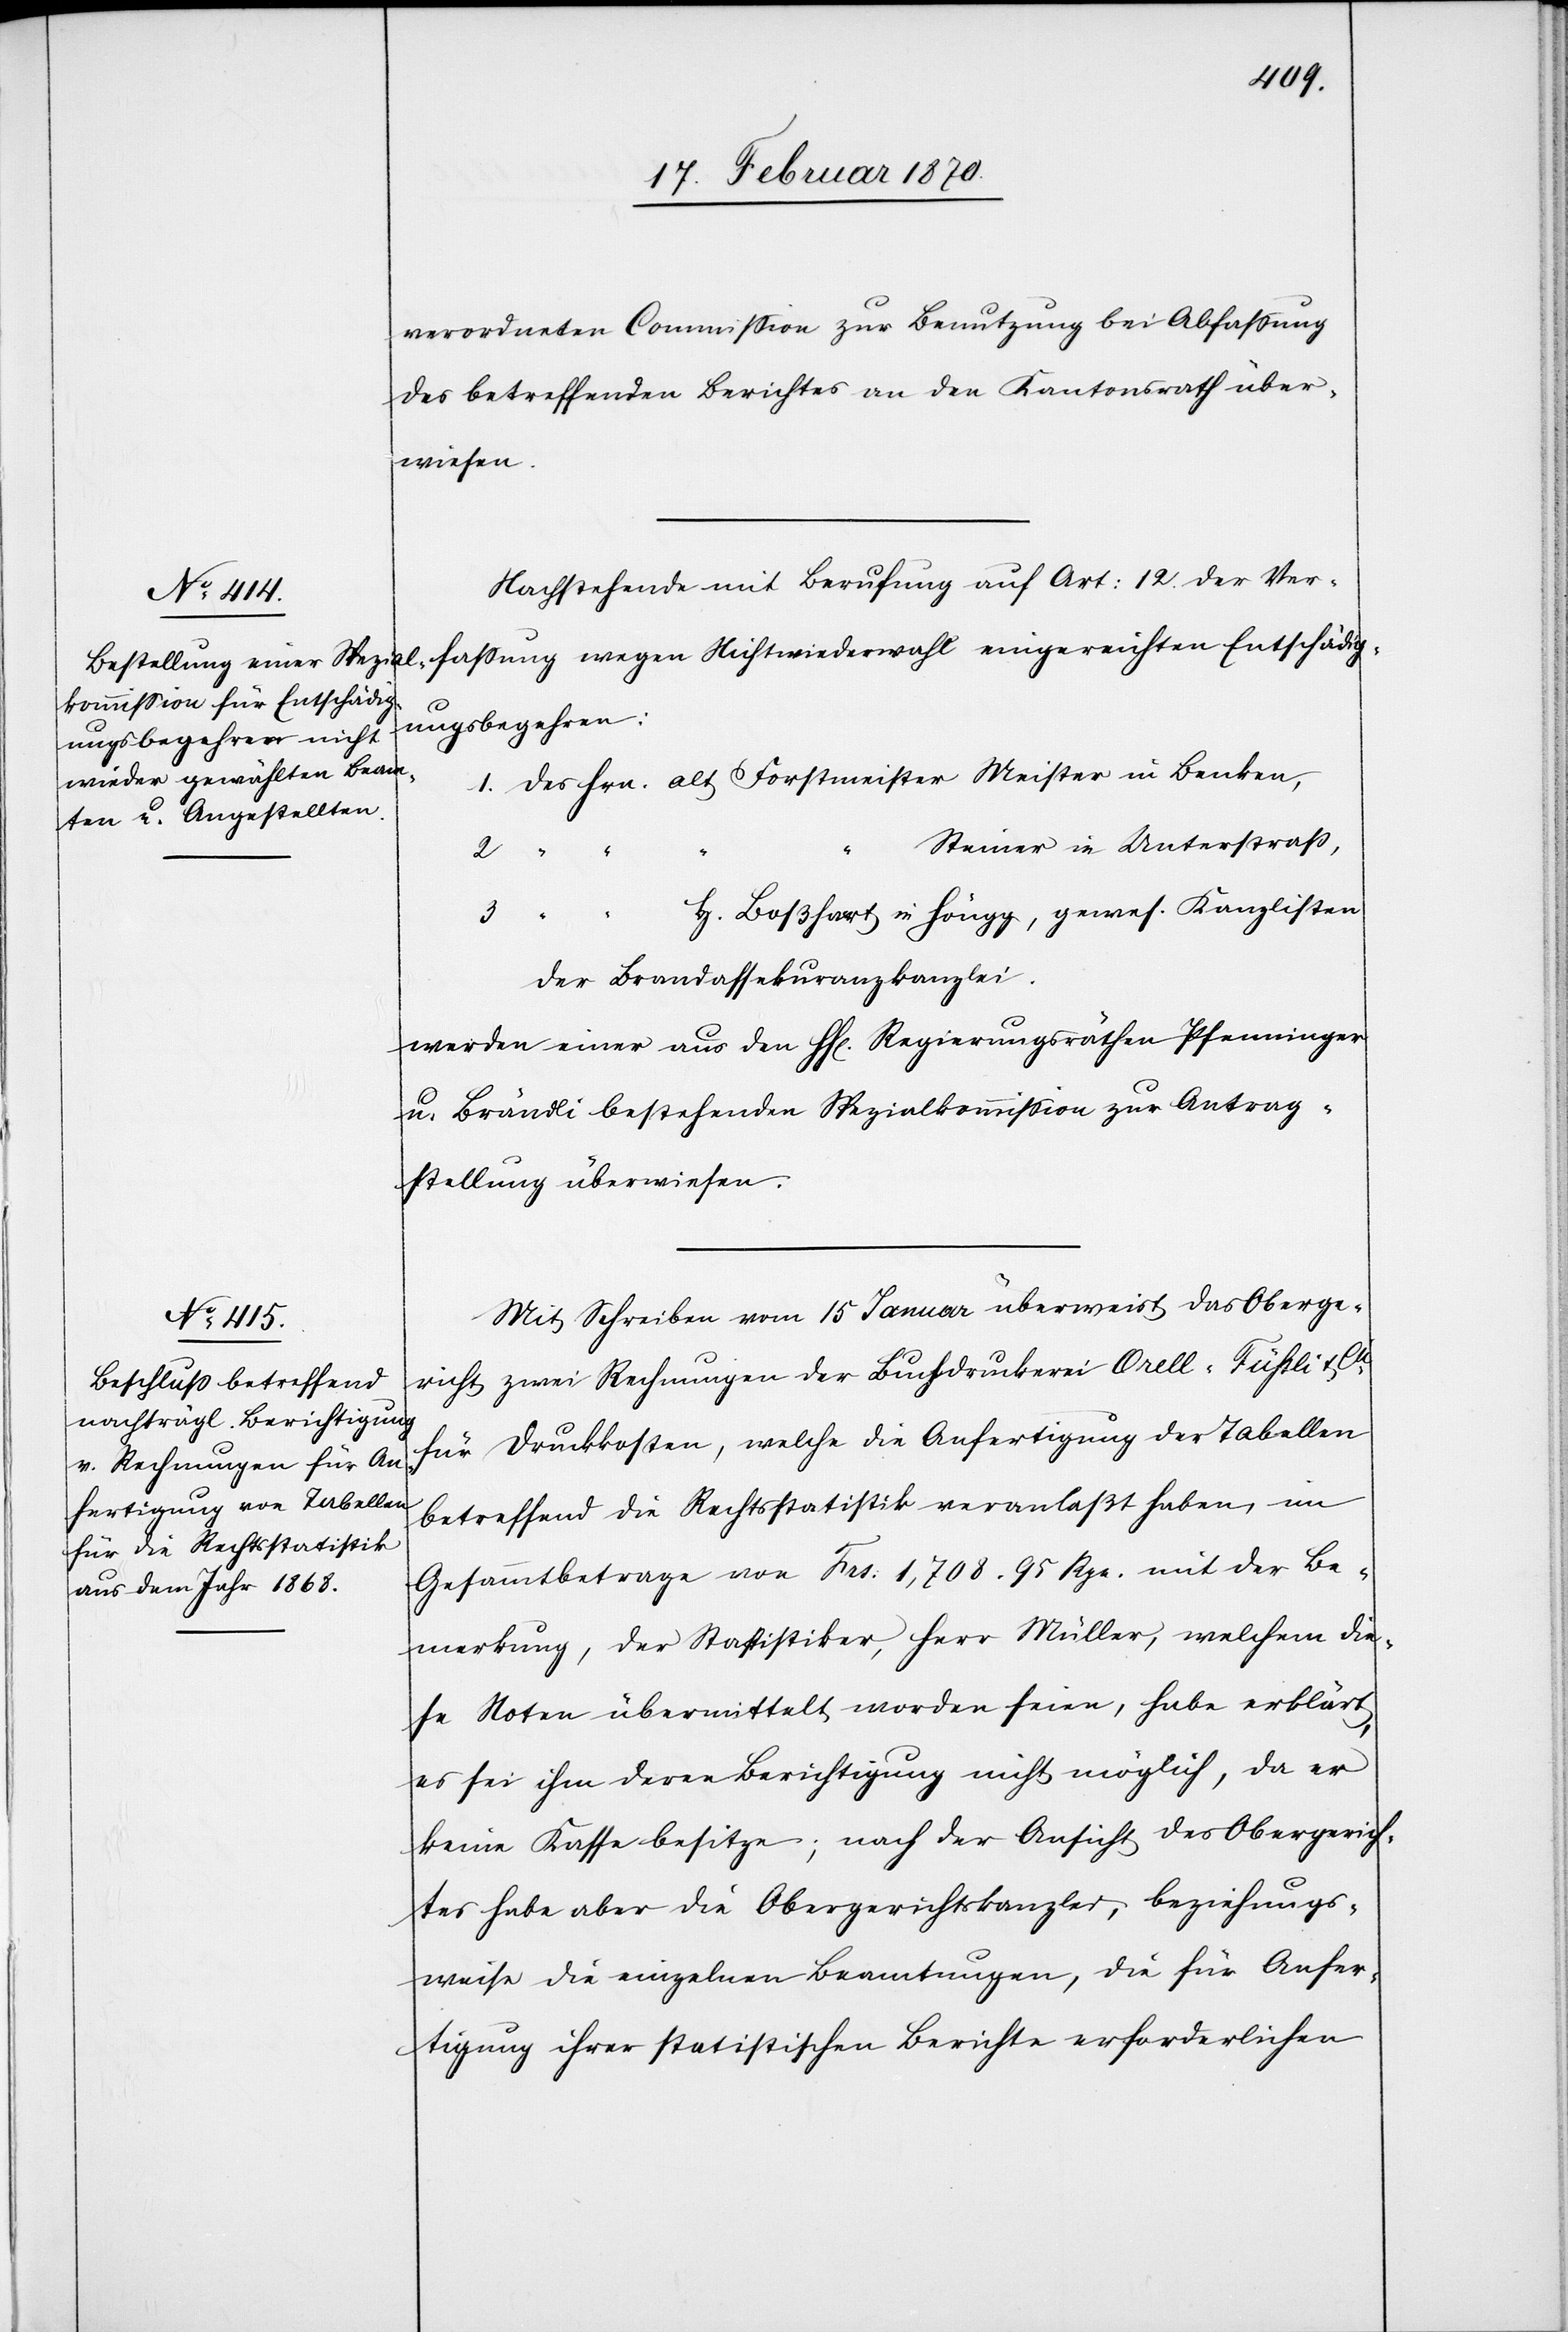
verordneten Commission zur Benutzung bei Abfassung
des betreffenden Berichtes an den Kantonsrath über¬
wiesen.
Nachstehende mit Berufung auf Art: 12. der Ver¬
ig¬
ungsbegehren:
1. des Hrn. alt Forstmeister Meister in Benken,
“	“	Steiner in Unterstrass,
3.
H. Boßhart in Höngg, gewes. Kanzlisten
sch¬
der Brandassekuranzkanzlei.
werden einer aus den HH[erren] Regierungsräthen Pfenninger
u. Brändli bestehenden Spezialkommission zur Antrag¬
stellung überwiesen.
Mit Schreiben vom 15 Januar überweist das Oberge¬
richt zwei Rechnungen der Buchdruckerei Orell-Füssli & Cie
für Druckkosten, welche die Anfertigung der Tabellen
betreffend die Rechtsstatistik veranlaßt haben, im
Gesammtbetrage von Frs: 1,708. 95 Rpn. mit der Be¬
merkung, der Statistiker, Herr Müller, welchem die¬
se Noten übermittelt worden seien, habe erklärt
es sei ihm deren Berichtigung nicht möglich, da er
keine Kasse besitze; nach der Ansicht des Obergerich¬
tes habe aber die Obergerichtskanzlei, beziehungs¬
weise die einzelnen Beamtungen, die für Anfer¬
tigung ihrer statistischen Berichte erforderlichen